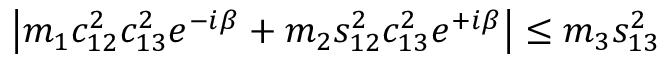
\left\vert m _ { 1 } c _ { 1 2 } ^ { 2 } c _ { 1 3 } ^ { 2 } e ^ { - i \beta } + m _ { 2 } s _ { 1 2 } ^ { 2 } c _ { 1 3 } ^ { 2 } e ^ { + i \beta } \right\vert \leq m _ { 3 } s _ { 1 3 } ^ { 2 }